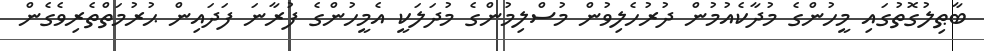
ބާޠިލުގޮތުގައި މީހުންގެ މުދާކެއުމުން ދުރުހެލިވުން މުސްލިމުންގެ މުދަލަކީ އެމީހުންގެ ފުރާނަ ފަދައިން ޙުރުމަތްތެރިވެގެން